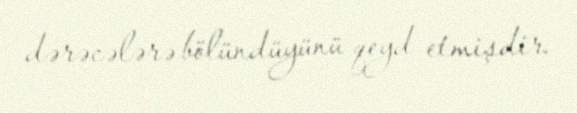
dərəcələrə bölündüyünü qeyd etmişdir.